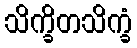
သိက္ခိတသိက္ခံ